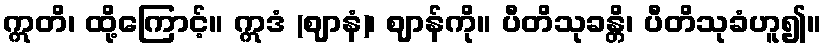
ဣတိ၊ ထို့ကြောင့်။ ဣဒံ (ဈာနံ)၊ ဈာန်ကို။ ပီတိသုခန္တိ၊ ပီတိသုခံဟူ၍။